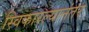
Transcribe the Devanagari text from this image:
स्विकारल्यानंतर